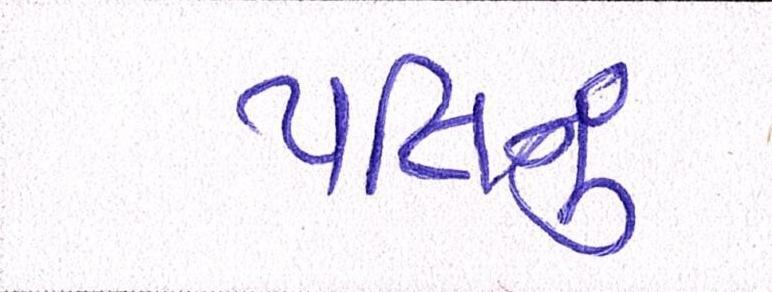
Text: પતિનું